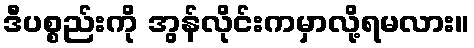
ဒီပစ္စည်းကို အွန်လိုင်းကမှာလို့ရမလား။